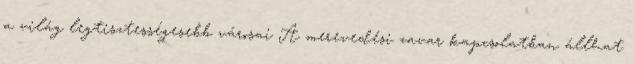
a világ legtisztességesebb városai A merevedési zavar kapcsolatban állhat